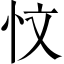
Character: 忟